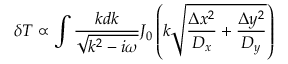
\delta T \propto \int \frac { k d k } { \sqrt { k ^ { 2 } - i \omega } } J _ { 0 } \left( k \sqrt { \frac { \Delta x ^ { 2 } } { D _ { x } } + \frac { \Delta y ^ { 2 } } { D _ { y } } } \right)